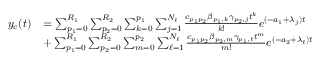
\begin{array} { r l } { y _ { c } ( t ) } & { = \sum _ { p _ { 1 } = 0 } ^ { R _ { 1 } } \sum _ { p _ { 2 } = 0 } ^ { R _ { 2 } } \sum _ { k = 0 } ^ { p _ { 1 } } \sum _ { j = 1 } ^ { N _ { \ell } } \frac { c _ { p _ { 1 } p _ { 2 } } \beta _ { p _ { 1 } , k } \gamma _ { p _ { 2 } , j } t ^ { k } } { k ! } e ^ { ( - a _ { 1 } + \lambda _ { j } ) t } } \\ & { + \sum _ { p _ { 1 } = 0 } ^ { R _ { 1 } } \sum _ { p _ { 2 } = 0 } ^ { R _ { 2 } } \sum _ { m = 0 } ^ { p _ { 2 } } \sum _ { \ell = 1 } ^ { N _ { \ell } } \frac { c _ { p _ { 1 } p _ { 2 } } \beta _ { p _ { 2 } , m } \gamma _ { p _ { 1 } , \ell } t ^ { m } } { m ! } e ^ { ( - a _ { 2 } + \lambda _ { \ell } ) t } } \end{array}